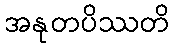
အနုတပိဿတိ